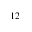
^ { 1 2 }